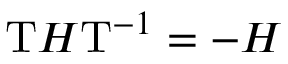
{ \mathrm { T } } H { \mathrm { T } } ^ { - 1 } = - H